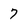
Character: 7